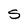
Character: S